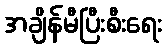
အချိန်မီပြီးစီးရေး